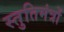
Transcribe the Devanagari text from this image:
स्तुतिमंत्रों